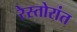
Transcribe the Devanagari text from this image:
रेस्तोरांत